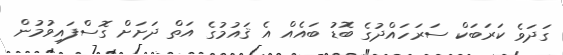
ގަދަވެ ކަރަބަކް ސަރަހައްދުގެ ބޮޑު ބައެއް އެ ޤައުމުގެ އަތް ދަށަށް ގޮސްފައިވުމުން